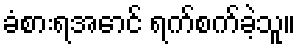
ခံစားရအောင် ရက်စက်ခဲ့သူ။